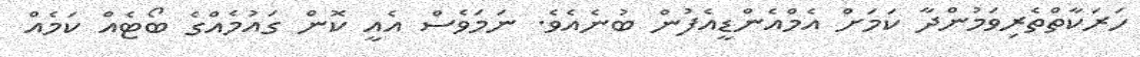
ހަރަކާތްތެރިވަމުންދާ ކަމަށް އެމްއެންޑީއެފުން ބުނެއެވެ. ނަމަވެސް އެއީ ކޮން ގައުމެއްގެ ބޯޓެއް ކަމެއް